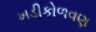
ખડીકોળવણ